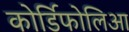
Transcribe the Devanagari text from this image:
कोर्डिफोलिआ